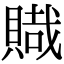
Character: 賳